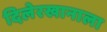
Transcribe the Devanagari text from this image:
दिलेरखानाला